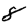
Digit: 8